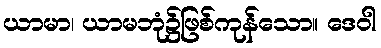
ယာမာ၊ ယာမဘုံ၌ဖြစ်ကုန်သော။ ဒေဝါ